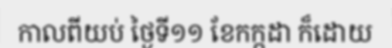
កាលពីយប់ ថ្ងៃទី១១ ខែកក្កដា ក៏ដោយ